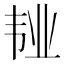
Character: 𲊥